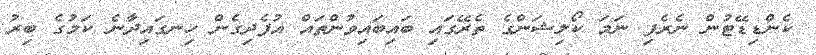
ކެންޑިޑޭޓުން ނެރެފި ނަމަ ކޯލިޝަންގެ ތެރޭގައި ބައިބައިވުންތައް އުފެދިގެން ހިނގައިދާނެ ކަމުގެ ބިރު